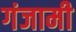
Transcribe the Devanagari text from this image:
गंजामी